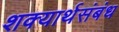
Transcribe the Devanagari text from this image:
शक्यार्थसंबंध